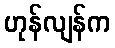
ဟုန်လျန်က